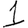
Digit: 1